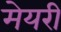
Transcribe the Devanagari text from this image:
मेयरी